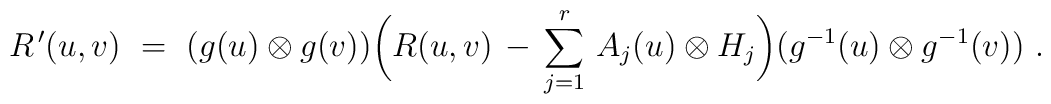
R^{\,\prime}(u,v)~ =~(g(u) \otimes g(v))   \biggl( R(u,v) \, - \, \sum_{j=1}^r \, A_j(u) \otimes H_j \biggr)   (g^{-1}(u) \otimes g^{-1}(v))~.